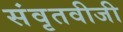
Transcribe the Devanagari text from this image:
संवृतवीजी